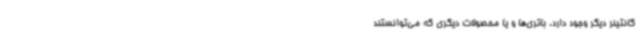
کانتینر دیگر وجود دارد. باتری‌ها و یا محصولات دیگری که می‌توانستند